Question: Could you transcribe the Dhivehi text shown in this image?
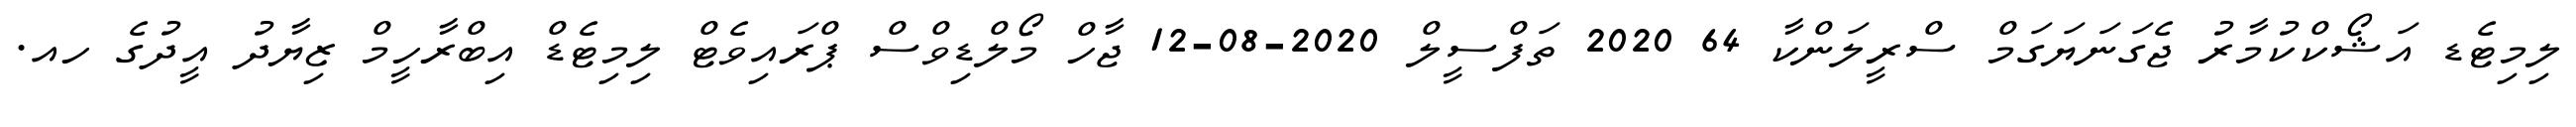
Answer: ލިމިޓެޑ އަޝޯކްކުމާރު ޖެގަނަޔަގަމް ސްރީލަންކާ 64 2020 ތަފްސީލް 2020-08-12 ޖާހް މޯލްޑިވްސް ޕްރައިވެޓް ލިމިޓެޑް އިބްރާހީމް ޒިޔާދު އީދުގެ ހއ.